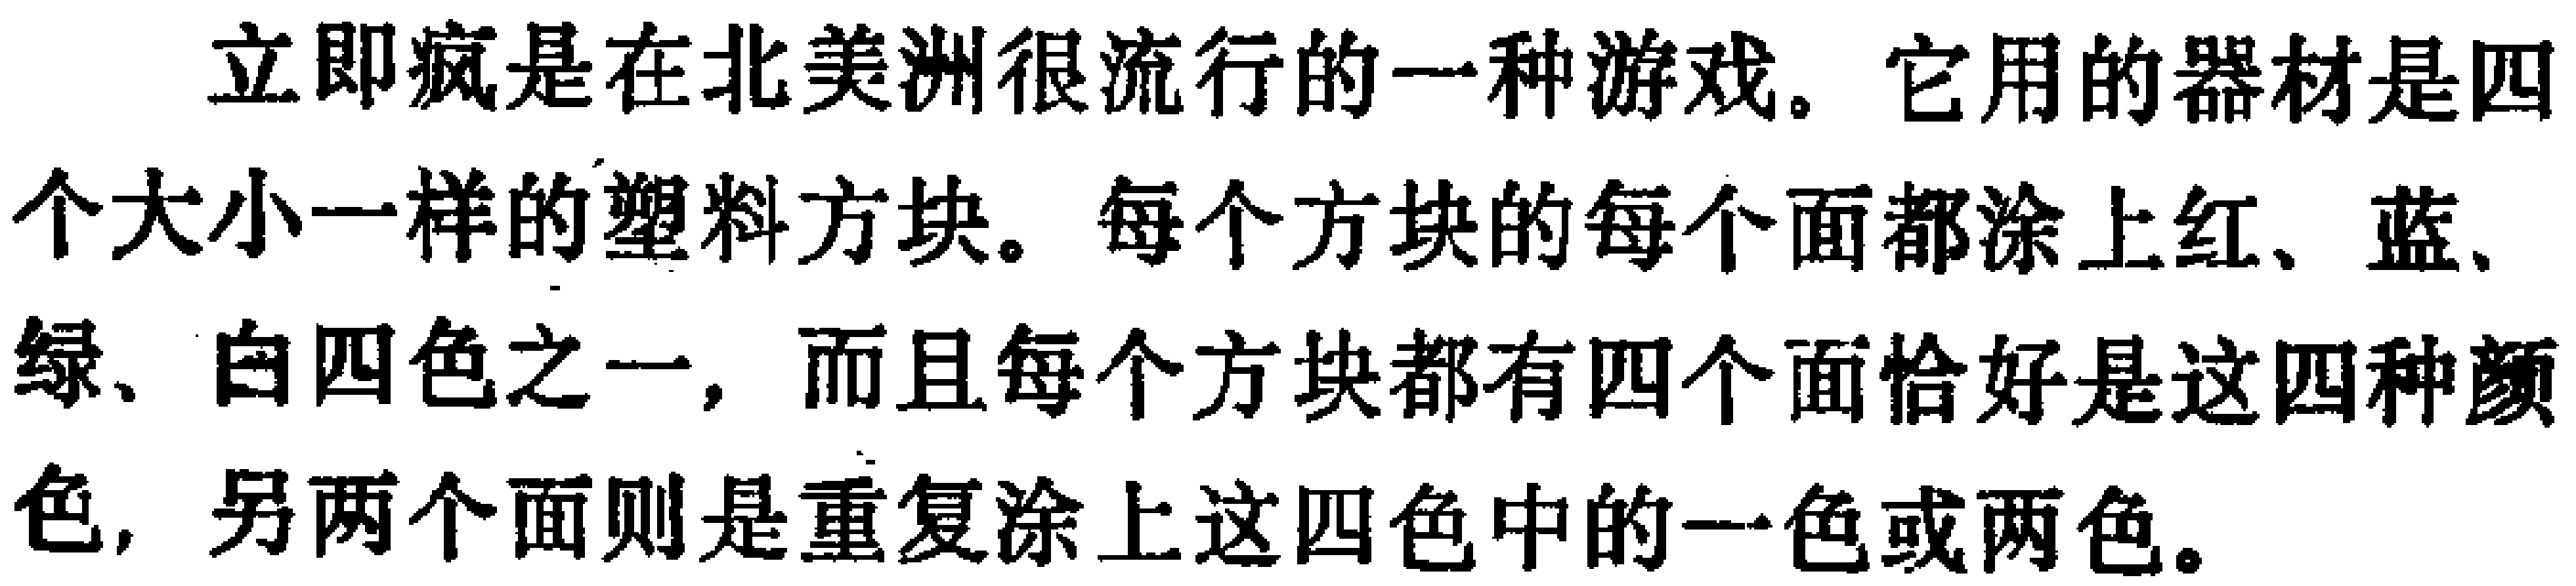
立即疯是在北美洲很流行的一种游戏。它用的器材是四个大小一样的塑料方块。每个方块的每个面都涂上红、蓝、绿、白四色之一，而且每个方块都有四个面恰好是这四种颜色，另两个面则是重复涂上这四色中的一色或两色。